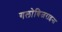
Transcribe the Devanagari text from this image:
गलोबिजराइना